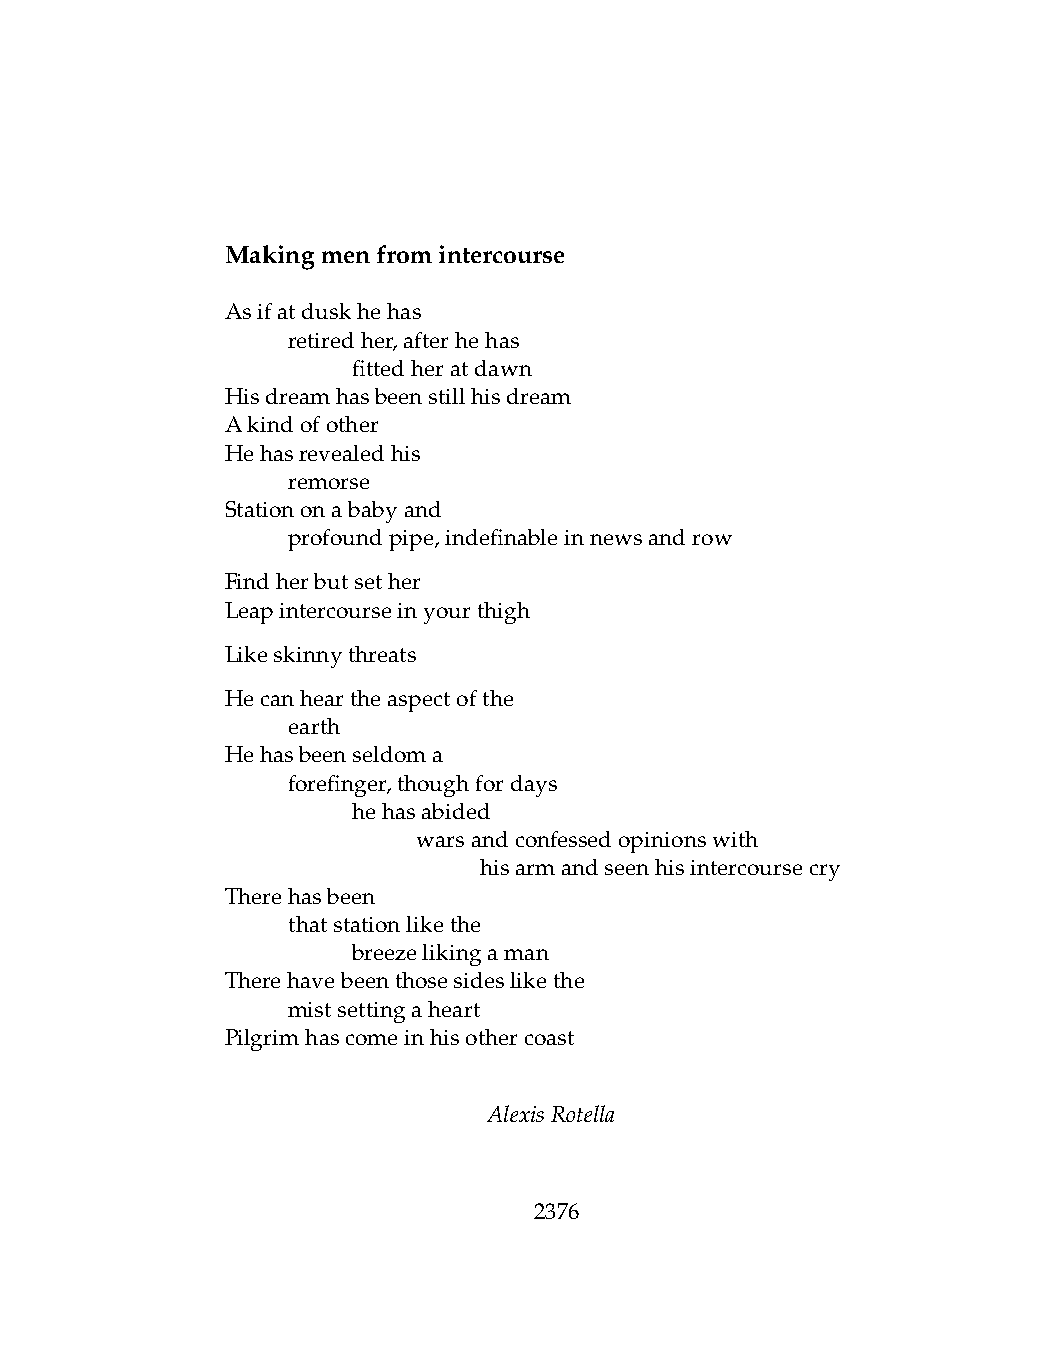
Makingmenfromintercourse
 Asifatduskhehas
 .   retiredher,afterhehas
 .   .   fittedheratdawn
 Hisdreamhasbeenstillhisdream
 Akindofother
 Hehasrevealedhis
 .   remorse
 Stationonababyand
 .   profoundpipe,indefinableinnewsandrow
 Findherbutsether
 Leapintercourseinyourthigh
 Likeskinnythreats
 Hecanheartheaspectofthe
 .   earth
 Hehasbeenseldoma
 .   forefinger,thoughfordays
 .   .   hehasabided
 .   .   .    warsandconfessedopinionswith
 .   .   .    .   hisarmandseenhisintercoursecry
 Therehasbeen
 .   thatstationlikethe
 .   .   breezelikingaman
 Therehavebeenthosesideslikethe
 .   mistsettingaheart
 Pilgrimhascomeinhisothercoast
 AlexisRotella
 2376